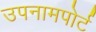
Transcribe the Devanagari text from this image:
उपनामपोर्ट